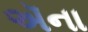
ઍના